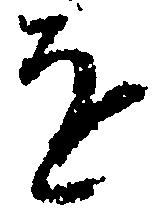
を